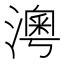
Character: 澚